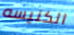
الكنيسه